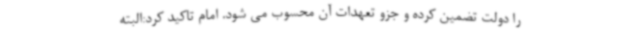
را دولت تضمین کرده و جزو تعهدات آن محسوب می شود. امام تاکید کرد:البته